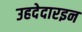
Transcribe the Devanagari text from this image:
उहदेदारइन